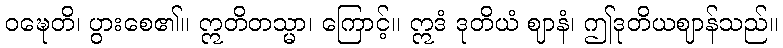
ဝဍ္ဎေတိ၊ ပွားစေ၏။ ဣတိတသ္မာ၊ ကြောင့်။ ဣဒံ ဒုတိယံ ဈာနံ၊ ဤဒုတိယဈာန်သည်။